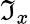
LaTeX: \mathfrak{I}_{x}